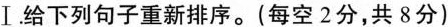
Ⅰ.给下列句子重新排序.(每空 2分,共 8分)